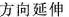
方向延伸